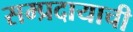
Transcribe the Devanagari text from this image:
सम्प्रदायाची